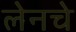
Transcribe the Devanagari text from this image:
लेनचे